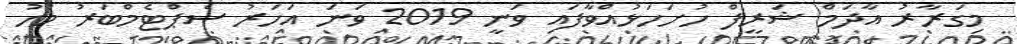
މިގަރާރު އާދަމް ޝަރީފް ހުށަހަޅުއްވާފައި ވަނީ 2019 ވަނަ އަހަރު ސެޕްޓެމްބަރު މަހު